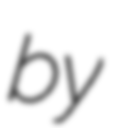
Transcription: by